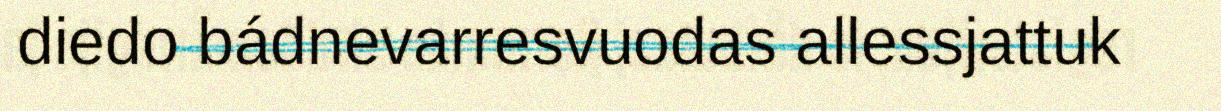
diedo bádnevarresvuodas allessjattuk